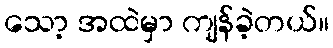
သော့ အထဲမှာ ကျန်ခဲ့တယ်။